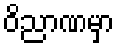
ဝိညာဏမှာ